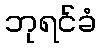
ဘုရင်ခံ